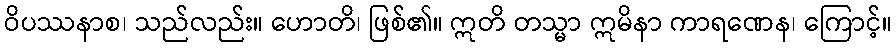
ဝိပဿနာစ၊ သည်လည်း။ ဟောတိ၊ ဖြစ်၏။ ဣတိ တသ္မာ ဣမိနာ ကာရဏေန၊ ကြောင့်။